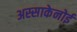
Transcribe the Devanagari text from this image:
अस्साकेनोई